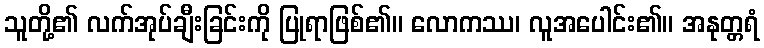
သူတို့၏ လက်အုပ်ချီးခြင်းကို ပြုရာဖြစ်၏။ လောကဿ၊ လူအပေါင်း၏။ အနုတ္တရံ